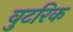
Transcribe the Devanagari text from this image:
वुटरिक